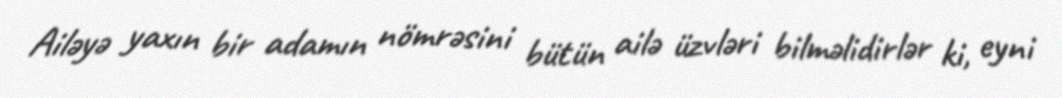
Ailəyə yaxın bir adamın nömrəsini bütün ailə üzvləri bilməlidirlər ki, eyni